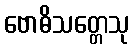
ဗောဓိသတ္တေသု